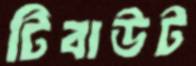
টিবাউট